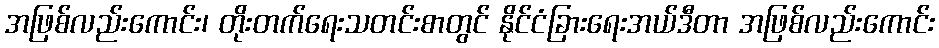
အဖြစ်လည်းကောင်း၊ တိုးတက်ရေးသတင်းစာတွင် နိုင်ငံခြားရေးအယ်ဒီတာ အဖြစ်လည်းကောင်း